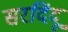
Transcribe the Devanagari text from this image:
सरदिंदू